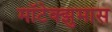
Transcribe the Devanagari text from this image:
मॉटेक्झुमास